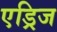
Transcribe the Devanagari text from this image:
एड्रिज